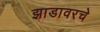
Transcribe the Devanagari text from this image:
झाडावरचे